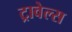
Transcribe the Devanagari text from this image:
ट्रावेल्स